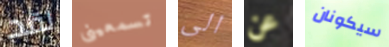
لقد تسمعينى الى عن سيكونان